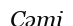
Сәті